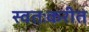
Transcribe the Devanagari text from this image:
स्वतःकरीत